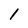
Character: 1